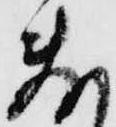
敷